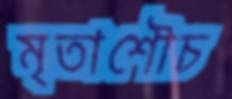
মৃতাশৌচ